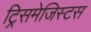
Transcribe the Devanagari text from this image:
ट्रिसमेजिस्टस